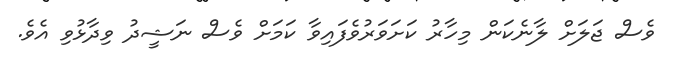
ވެސް ޖަލަށް ލާނެކަން މިހާރު ކަށަވަރުވެފައިވާ ކަމަށް ވެސް ނަޝީދު ވިދާޅުވި އެވެ.